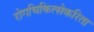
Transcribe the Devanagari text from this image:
रोगचिकित्सेकरिता